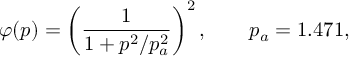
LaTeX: \varphi ( p ) = \left( \frac { 1 } { 1 + p ^ { 2 } / p _ { a } ^ { 2 } } \right) ^ { 2 } , \qquad p _ { a } = 1 . 4 7 1 ,